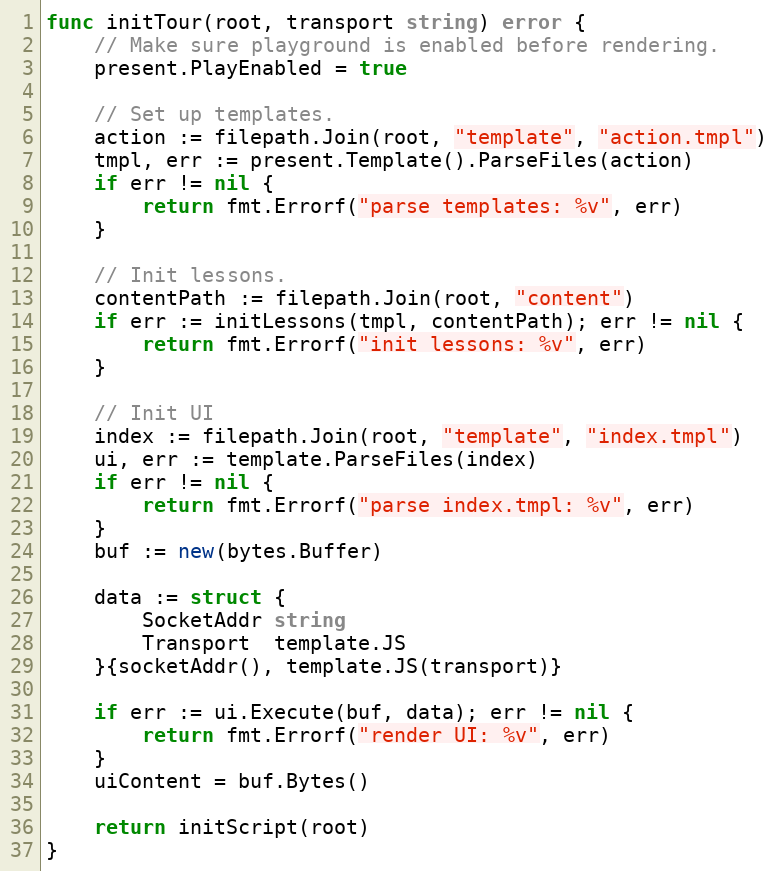
Language: Go
func initTour(root, transport string) error {
	// Make sure playground is enabled before rendering.
	present.PlayEnabled = true

	// Set up templates.
	action := filepath.Join(root, "template", "action.tmpl")
	tmpl, err := present.Template().ParseFiles(action)
	if err != nil {
		return fmt.Errorf("parse templates: %v", err)
	}

	// Init lessons.
	contentPath := filepath.Join(root, "content")
	if err := initLessons(tmpl, contentPath); err != nil {
		return fmt.Errorf("init lessons: %v", err)
	}

	// Init UI
	index := filepath.Join(root, "template", "index.tmpl")
	ui, err := template.ParseFiles(index)
	if err != nil {
		return fmt.Errorf("parse index.tmpl: %v", err)
	}
	buf := new(bytes.Buffer)

	data := struct {
		SocketAddr string
		Transport  template.JS
	}{socketAddr(), template.JS(transport)}

	if err := ui.Execute(buf, data); err != nil {
		return fmt.Errorf("render UI: %v", err)
	}
	uiContent = buf.Bytes()

	return initScript(root)
}